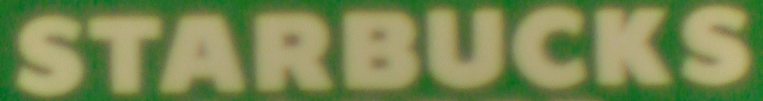
STARBUCKS